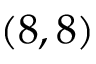
( 8 , 8 )